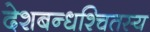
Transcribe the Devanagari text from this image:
देशबन्धश्चितस्य